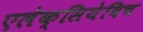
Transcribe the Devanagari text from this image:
एलेक्सियेविच